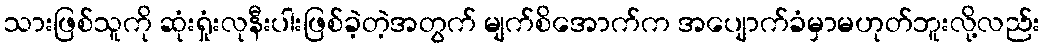
သားဖြစ်သူကို ဆုံးရှုံးလုနီးပါးဖြစ်ခဲ့တဲ့အတွက် မျက်စိအောက်က အပျောက်ခံမှာမဟုတ်ဘူးလို့လည်း